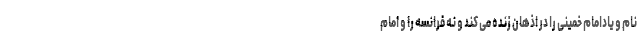
نام و یادامام خمینی را در اذهان زنده می کند و نه فرانسه را و امام